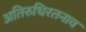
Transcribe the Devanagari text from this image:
अतिरुधिरतनाव